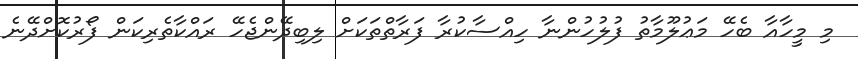
މި މީހާއާ ބެހޭ މަޢުލޫމާތު ފުލުހުންނާ ހިއްސާކުރާ ފަރާތްތަކަށް ލިބިދޭންޖެހޭ ރައްކާތެރިކަން ފޯރުކޮށްދޭނެ